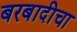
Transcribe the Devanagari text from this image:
बरबादीचा